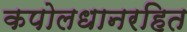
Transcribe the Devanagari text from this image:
कपोलधानरहित